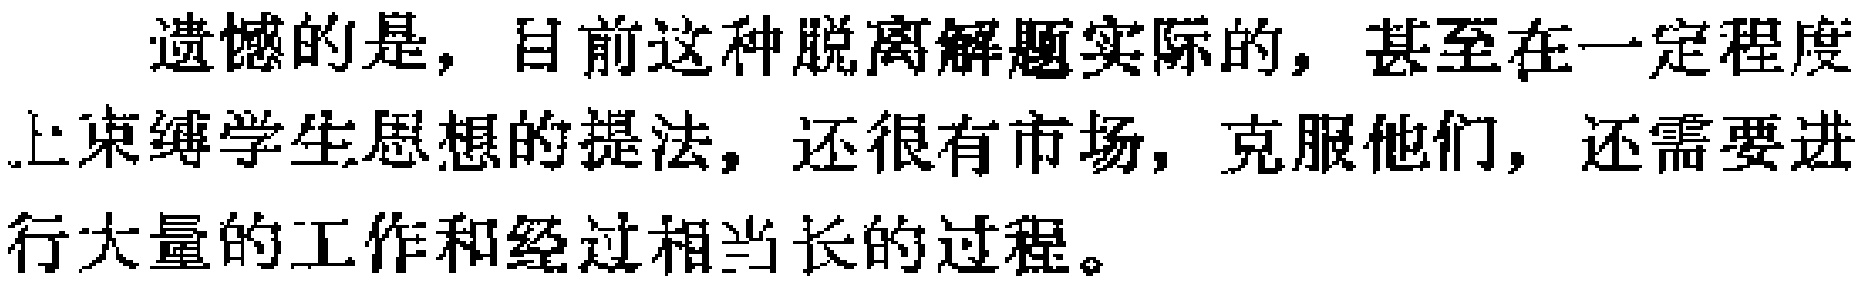
遗憾的是，目前这种脱离解题实际的，甚至在一定程度上束缚学生思想的提法，还很有市场，克服他们，还需要进行大量的工作和经过相当长的过程。